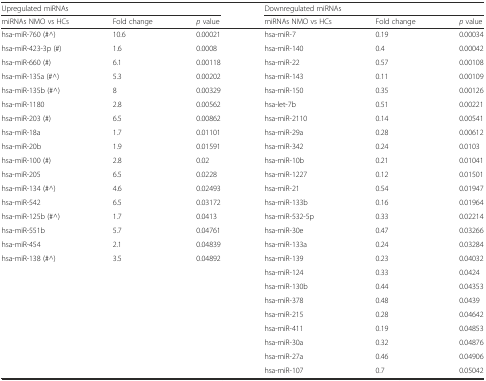
<table><thead><tr><td colspan="3"><b>Upregulated miRNAs</b></td><td colspan="3"><b>Downregulated miRNAs</b></td></tr><tr><td><b>miRNAs NMO vs HCs</b></td><td><b>Fold change</b></td><td><b><i>p</i> value</b></td><td><b>miRNAs NMO vs HCs</b></td><td><b>Fold change</b></td><td><b><i>p</i> value</b></td></tr></thead><tbody><tr><td>hsa-miR-760 (#^)</td><td>10.6</td><td>0.00021</td><td>hsa-miR-7</td><td>0.19</td><td>0.00034</td></tr><tr><td>hsa-miR-423-3p (#)</td><td>1.6</td><td>0.0008</td><td>hsa-miR-140</td><td>0.4</td><td>0.00042</td></tr><tr><td>hsa-miR-660 (#)</td><td>6.1</td><td>0.00118</td><td>hsa-miR-22</td><td>0.57</td><td>0.00108</td></tr><tr><td>hsa-miR-135a (#^)</td><td>5.3</td><td>0.00202</td><td>hsa-miR-143</td><td>0.11</td><td>0.00109</td></tr><tr><td>hsa-miR-135b (#^)</td><td>8</td><td>0.00329</td><td>hsa-miR-150</td><td>0.35</td><td>0.00126</td></tr><tr><td>hsa-miR-1180</td><td>2.8</td><td>0.00562</td><td>hsa-let-7b</td><td>0.51</td><td>0.00221</td></tr><tr><td>hsa-miR-203 (#)</td><td>6.5</td><td>0.00862</td><td>hsa-miR-2110</td><td>0.14</td><td>0.00541</td></tr><tr><td>hsa-miR-18a</td><td>1.7</td><td>0.01101</td><td>hsa-miR-29a</td><td>0.28</td><td>0.00612</td></tr><tr><td>hsa-miR-20b</td><td>1.9</td><td>0.01591</td><td>hsa-miR-342</td><td>0.24</td><td>0.0103</td></tr><tr><td>hsa-miR-100 (#)</td><td>2.8</td><td>0.02</td><td>hsa-miR-10b</td><td>0.21</td><td>0.01041</td></tr><tr><td>hsa-miR-205</td><td>6.5</td><td>0.0228</td><td>hsa-miR-1227</td><td>0.12</td><td>0.01501</td></tr><tr><td>hsa-miR-134 (#^)</td><td>4.6</td><td>0.02493</td><td>hsa-miR-21</td><td>0.54</td><td>0.01947</td></tr><tr><td>hsa-miR-542</td><td>6.5</td><td>0.03172</td><td>hsa-miR-133b</td><td>0.16</td><td>0.01964</td></tr><tr><td>hsa-miR-125b (#^)</td><td>1.7</td><td>0.0413</td><td>hsa-miR-532-5p</td><td>0.33</td><td>0.02214</td></tr><tr><td>hsa-miR-551b</td><td>5.7</td><td>0.04761</td><td>hsa-miR-30e</td><td>0.47</td><td>0.03266</td></tr><tr><td>hsa-miR-454</td><td>2.1</td><td>0.04839</td><td>hsa-miR-133a</td><td>0.24</td><td>0.03284</td></tr><tr><td>hsa-miR-138 (#^)</td><td>3.5</td><td>0.04892</td><td>hsa-miR-139</td><td>0.23</td><td>0.04032</td></tr><tr><td></td><td></td><td></td><td>hsa-miR-124</td><td>0.33</td><td>0.0424</td></tr><tr><td></td><td></td><td></td><td>hsa-miR-130b</td><td>0.44</td><td>0.04353</td></tr><tr><td></td><td></td><td></td><td>hsa-miR-378</td><td>0.48</td><td>0.0439</td></tr><tr><td></td><td></td><td></td><td>hsa-miR-215</td><td>0.28</td><td>0.04642</td></tr><tr><td></td><td></td><td></td><td>hsa-miR-411</td><td>0.19</td><td>0.04853</td></tr><tr><td></td><td></td><td></td><td>hsa-miR-30a</td><td>0.32</td><td>0.04876</td></tr><tr><td></td><td></td><td></td><td>hsa-miR-27a</td><td>0.46</td><td>0.04906</td></tr><tr><td></td><td></td><td></td><td>hsa-miR-107</td><td>0.7</td><td>0.05042</td></tr></tbody></table>